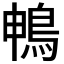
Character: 𮬱